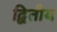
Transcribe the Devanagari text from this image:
द्बितीय